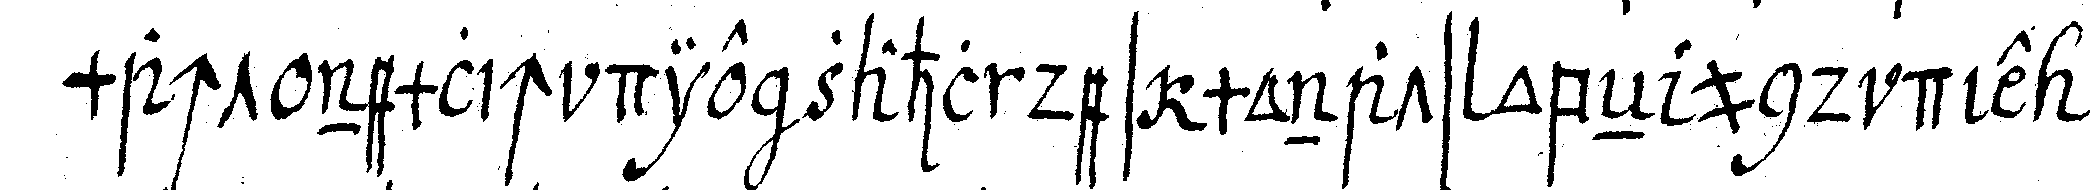
macht nemlich die zahl des monats obeN und die